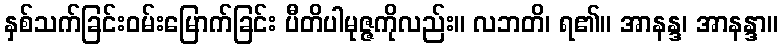
နှစ်သက်ခြင်းဝမ်းမြောက်ခြင်း ပီတိပါမုဇ္ဇကိုလည်း။ လဘတိ၊ ရ၏။ အာနန္ဒ၊ အာနန္ဒာ။